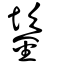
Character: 䤰